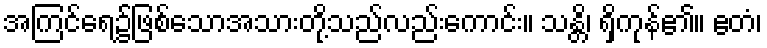
အကြင်ရေ၌ဖြစ်သောအသားတို့သည်လည်းကောင်း။ သန္တိ၊ ရှိကုန်၏။ ဧတံ၊